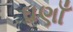
ઘણાઁ